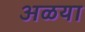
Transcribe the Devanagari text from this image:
अळया